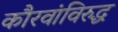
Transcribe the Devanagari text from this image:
कौरवांविरुद्ध